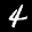
Label: 4